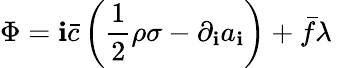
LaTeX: \Phi=\mathbf{i}\bar{{c}}\left(\frac{{1}}{{2}}\rho\sigma-\partial_{\mathbf{i}}a_{\mathbf{i}}\right)+\bar{{f}}\lambda\;